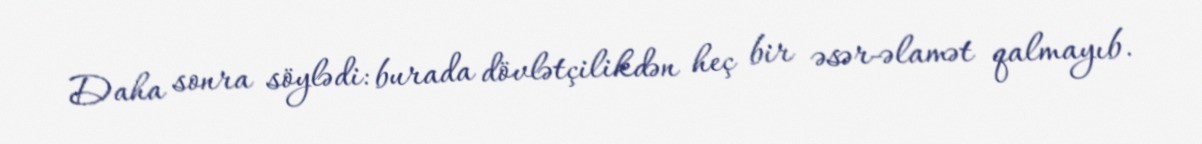
Daha sonra söylədi: burada dövlətçilikdən heç bir əsər-əlamət qalmayıb.